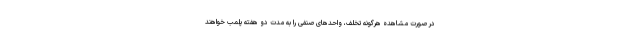
در صورت مشاهده هرگونه تخلف، واحدهای صنفی را به مدت دو هفته پلمب خواهند